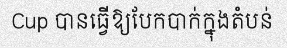
Cup បានធ្វើឱ្យបែកបាក់ក្នុងតំបន់